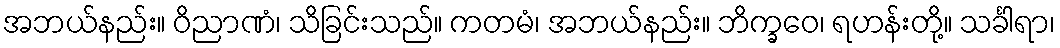
အဘယ်နည်း။ ဝိညာဏံ၊ သိခြင်းသည်။ ကတမံ၊ အဘယ်နည်း။ ဘိက္ခဝေ၊ ရဟန်းတို့။ သင်္ခါရာ၊